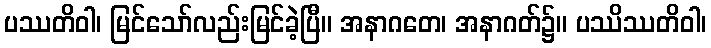
ပဿတိဝါ၊ မြင်သော်လည်းမြင်ခဲ့ပြီ။ အနာဂတေ၊ အနာဂတ်၌။ ပဿိဿတိဝါ၊